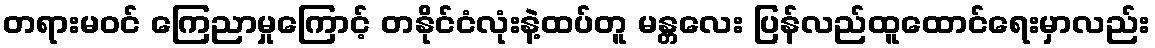
တရားမဝင် ကြေညာမှုကြောင့် တနိုင်ငံလုံးနဲ့ထပ်တူ မန္တလေး ပြန်လည်ထူထောင်ရေးမှာလည်း